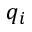
q _ { i }